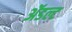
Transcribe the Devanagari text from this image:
ॲडल्ट